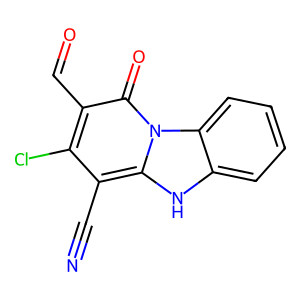
SMILES: N#Cc1c(Cl)c(C=O)c(=O)n2c1[nH]c1ccccc12
Inhibits HIV replication: No